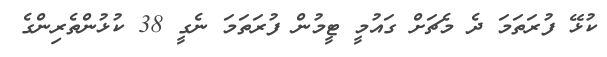
ކުޅޭ ފުރަތަމަ ދެ މެޗަށް ގައުމީ ޓީމުން ފުރަތަމަ ނެގީ 38 ކުޅުންތެރިންގެ